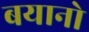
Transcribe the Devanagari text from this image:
बयानो